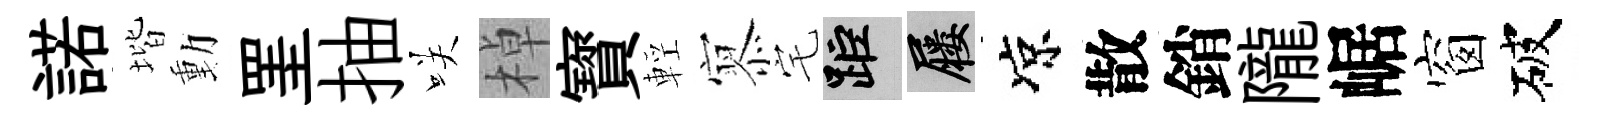
諾堦動罣抽咲棹寳輕𡪹宅距屨凉散銷隴崌窗破